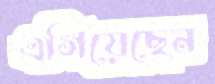
এগিয়েছেন